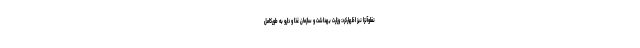
نفلوآنزا نیز اظهارکرد: وزارت بهداشت و سازمان غذا و دارو به طورکامل